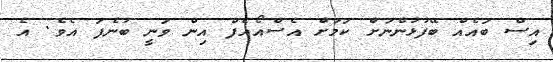
އިސް ބައެއް ބޭފުޅުންނަށް ކަމަށް އެސްއޯއެފް އިން ވަނީ ބުނެފަ އެވެ. އެ